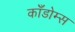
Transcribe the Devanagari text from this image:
काँडोम्स